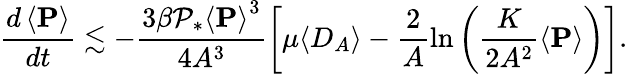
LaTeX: \frac{d\left<\mathbf{P}\right>}{dt}\lesssim-\frac{3\beta\mathcal{P}_{*}\left<\mathbf{P}\right>^{3}}{4A^{3}}\left[\mu\langle D_{A}\rangle-\frac{2}{A}\ln\left(\frac{K}{2A^{2}}\left<\mathbf{P}\right>\right)\right].